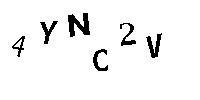
4YNC2V